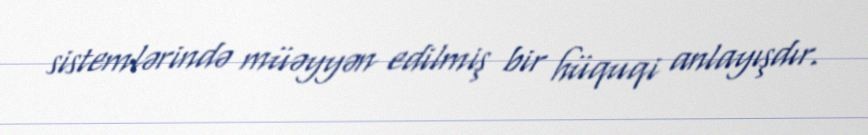
sistemlərində müəyyən edilmiş bir hüquqi anlayışdır.